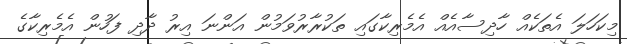
މިކަހަލަ އެތަކެއް ހާދިސާއެއް އެމެރިކާގައި ތަކުރާރުވަމުން އަންނަ އިރު ދާދި ފަހުން އެމެރިކާގެ